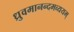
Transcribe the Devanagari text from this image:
ध्रुवमानन्दमव्ययम्